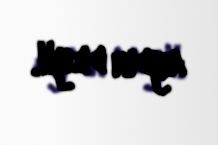
aydın deyil.